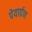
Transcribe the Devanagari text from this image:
पेयार्पण